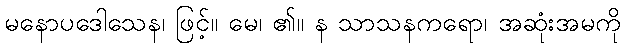
မနောပဒေါသေန၊ ဖြင့်။ မေ၊ ၏။ န သာသနကရော၊ အဆုံးအမကို